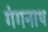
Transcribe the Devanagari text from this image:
गंगनाथ